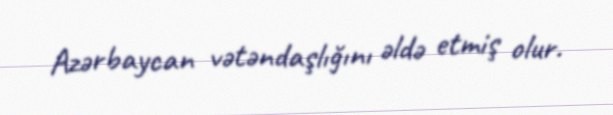
Azərbaycan vətəndaşlığını əldə etmiş olur.